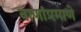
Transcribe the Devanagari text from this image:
वाणांप्रमाणे